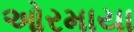
ઓરમાયા